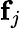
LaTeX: \mathbf{f}_{j}